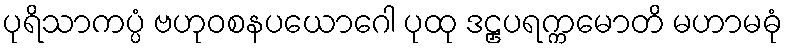
ပုရိသာကပ္ပံ ဗဟုဝစနပယောဂေါ ပုထု ဒဠှပရက္ကမောတိ မဟာမဓုံ